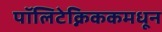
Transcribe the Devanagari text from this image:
पॉलिटेक्निककमधून